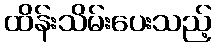
ထိန်းသိမ်းပေးသည့်